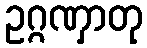
ဥဂ္ဂဏှာတု